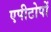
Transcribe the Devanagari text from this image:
एपीटोपों